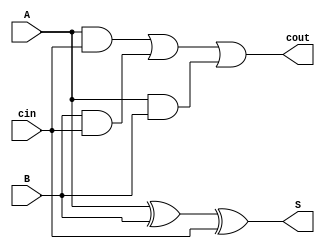
module fulladder(A, B, cin, S, cout);
	input A;
	input B;
	input cin;
	output S;
	output cout;

	assign S = (A ^ B) ^ cin;
	assign cout = (A & cin) | (B & cin) | (A & B);
endmodule